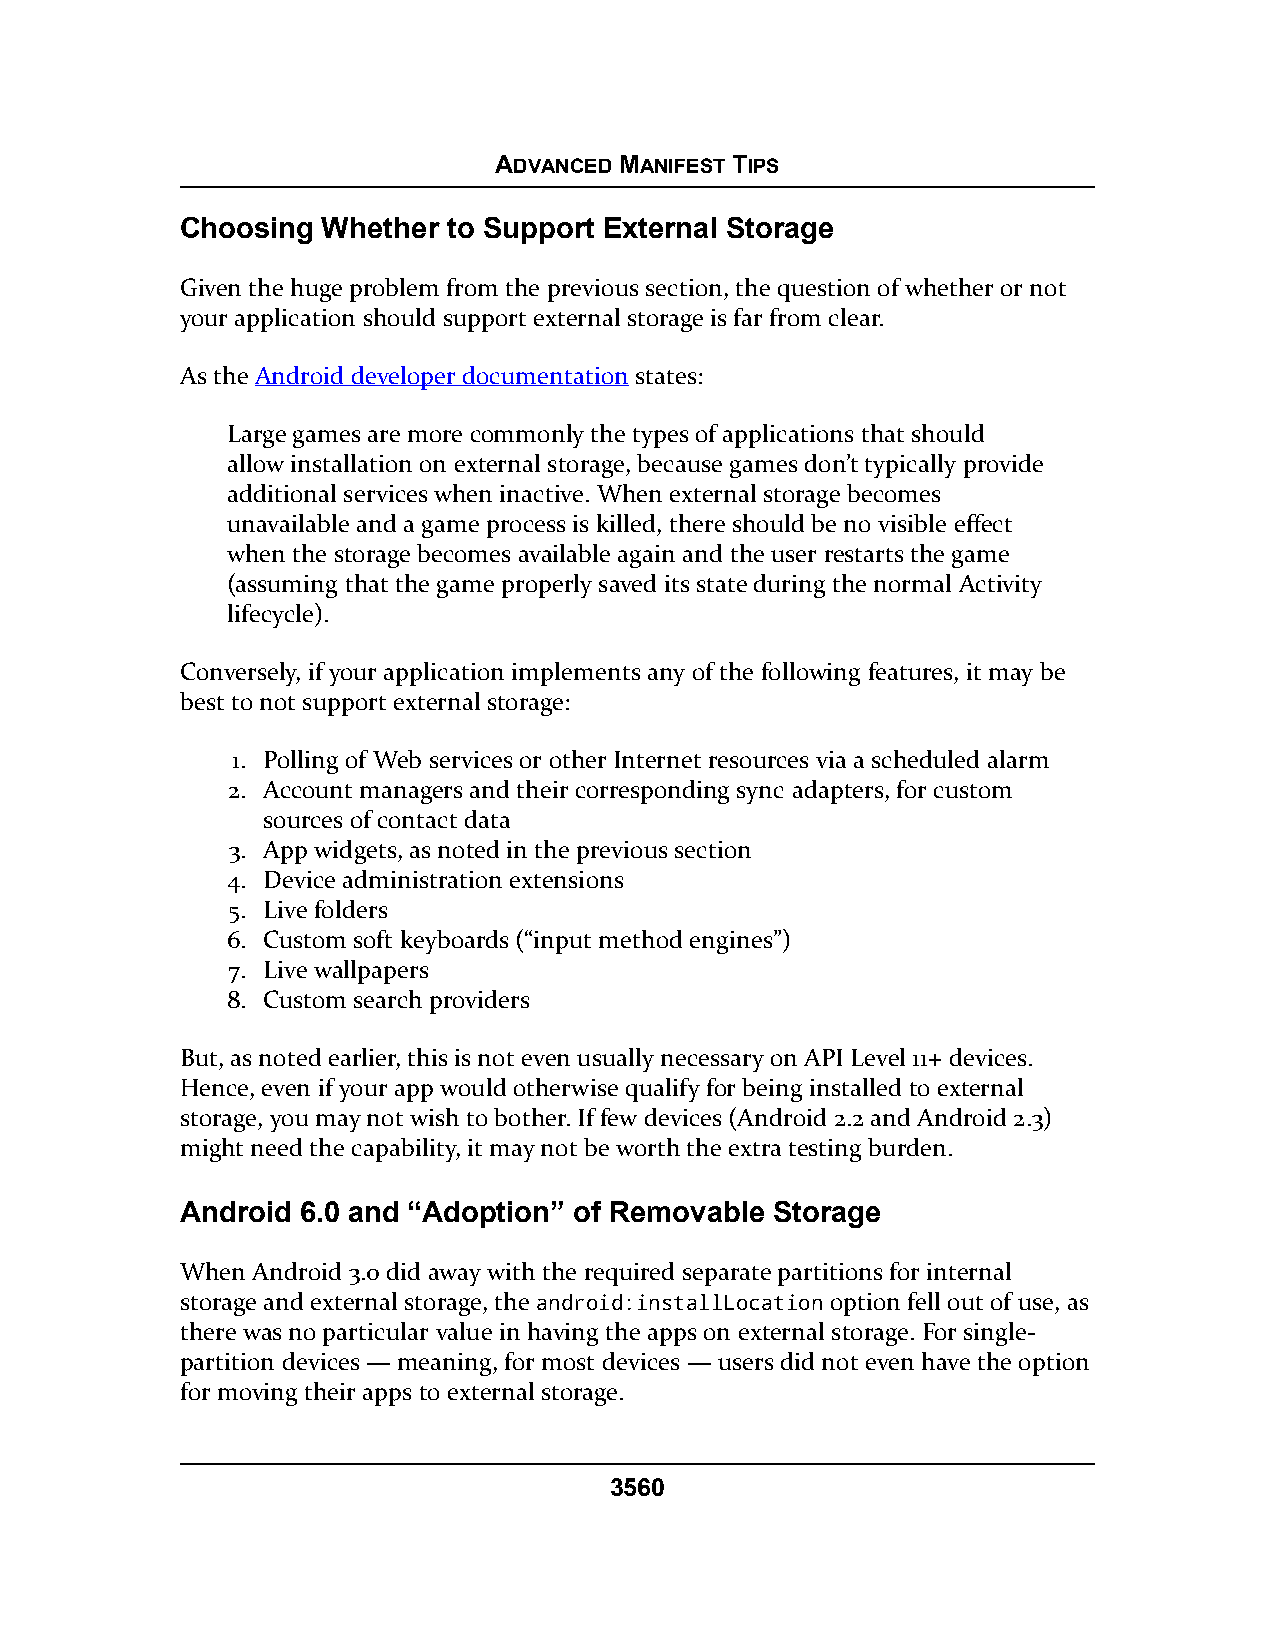
ADVANCED MANIFEST TIPS
 Choosing Whether  to Support External Storage
 Given the huge problem from the previous section, the question of whether or not
 your application should support external storage is far from clear.
 As the Android developer documentation states:
 Large games are more commonly the types of applications that should
 allow installation on external storage, because games don’t typically provide
 additional services when inactive. When external storage becomes
 unavailable and a game process is killed, there should be no visible effect
 when the storage becomes available again and the user restarts the game
 (assuming that the game properly saved its state during the normal Activity
 lifecycle).
 Conversely, if your application implements any of the following features, it may be
 best to not support external storage:
 1. Polling of Web services or other Internet resources via a scheduled alarm
 2. Account managers and their corresponding sync adapters, for custom
 sources of contact data
 3. App widgets, as noted in the previous section
 4. Device administration extensions
 5. Live folders
 6. Custom soft keyboards (“input method engines”)
 7. Live wallpapers
 8. Custom search providers
 But, as noted earlier, this is not even usually necessary on API Level 11+ devices.
 Hence, even if your app would otherwise qualify for being installed to external
 storage, you may not wish to bother. If few devices (Android 2.2 and Android 2.3)
 might need the capability, it may not be worth the extra testing burden.
 Android 6.0 and “Adoption” of Removable Storage
 When Android 3.0 did away with the required separate partitions for internal
 storage and external storage, the android:installLocation option fell out of use, as
 there was no particular value in having the apps on external storage. For single-
 partition devices — meaning, for most devices — users did not even have the option
 for moving their apps to external storage.
 3560